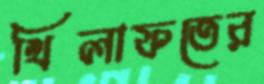
খিলাফতের